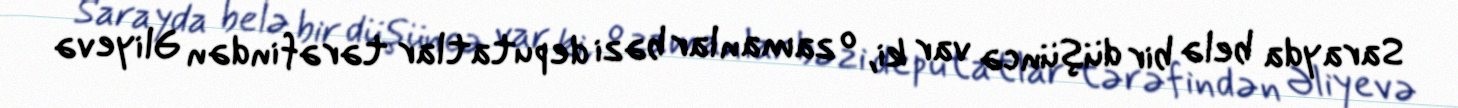
Sarayda belə bir düşüncə var ki, o zamanlar bəzi deputatlar tərəfindən Əliyevə